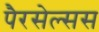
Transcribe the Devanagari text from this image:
पैरसेल्सस